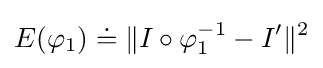
E(\varphi _{1})\doteq \|I\circ \varphi _{1}^{-1}-I^{\prime }\|^{2}